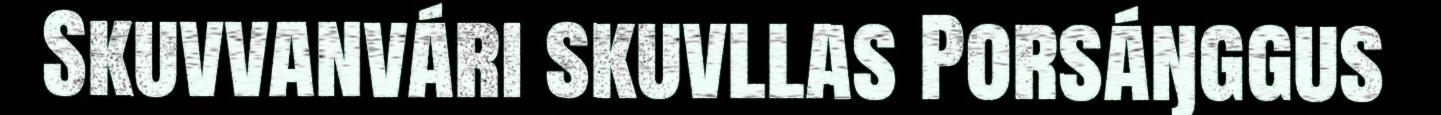
Skuvvanvári skuvllas Porsáŋggus